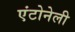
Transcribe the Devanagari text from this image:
एंटोनेली